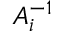
A _ { i } ^ { - 1 }